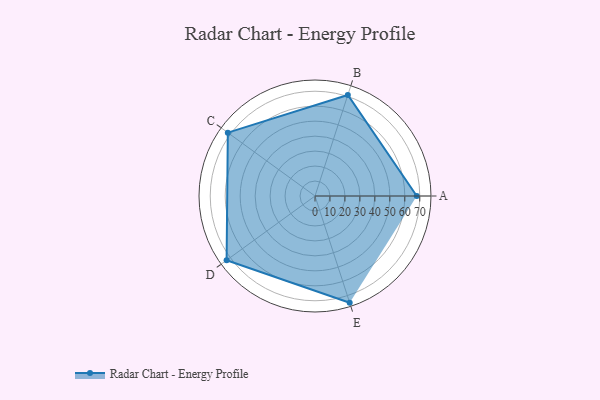
{"axis": {"x": "Skill", "y": "Score"}, "legend": ["Profile"], "data": [{"x": "A", "y": 68.0, "type": "Profile"}, {"x": "B", "y": 71.0, "type": "Profile"}, {"x": "C", "y": 72.0, "type": "Profile"}, {"x": "D", "y": 73.0, "type": "Profile"}, {"x": "E", "y": 75.0, "type": "Profile"}]}